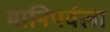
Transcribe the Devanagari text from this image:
मानिपर्वला